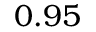
0 . 9 5